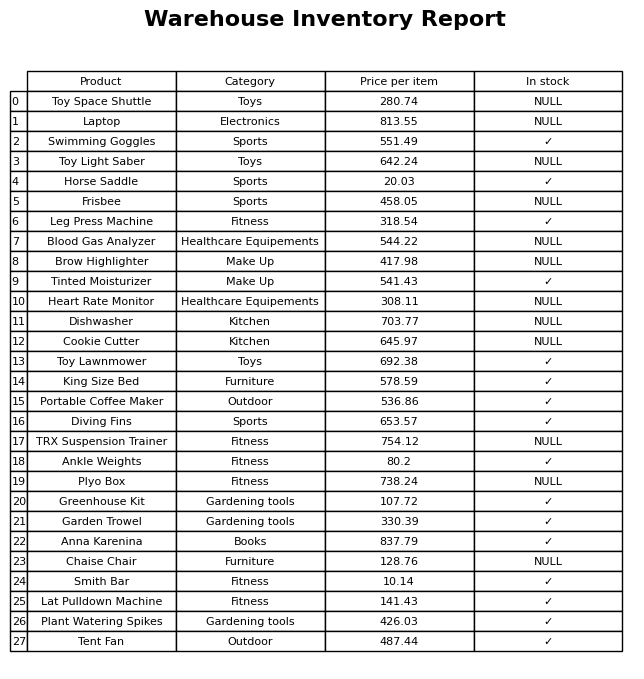
question: What is the price of the Laptop?
answer: The price of Laptop is 813.55.